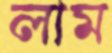
লাম